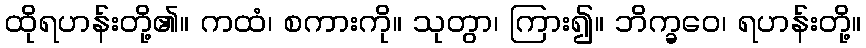
ထိုရဟန်းတို့၏။ ကထံ၊ စကားကို။ သုတွာ၊ ကြား၍။ ဘိက္ခဝေ၊ ရဟန်းတို့။